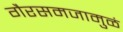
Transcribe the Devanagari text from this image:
गैरसमजामुळं